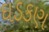
ઘડકણ